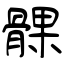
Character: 髁